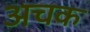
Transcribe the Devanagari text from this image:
अचक